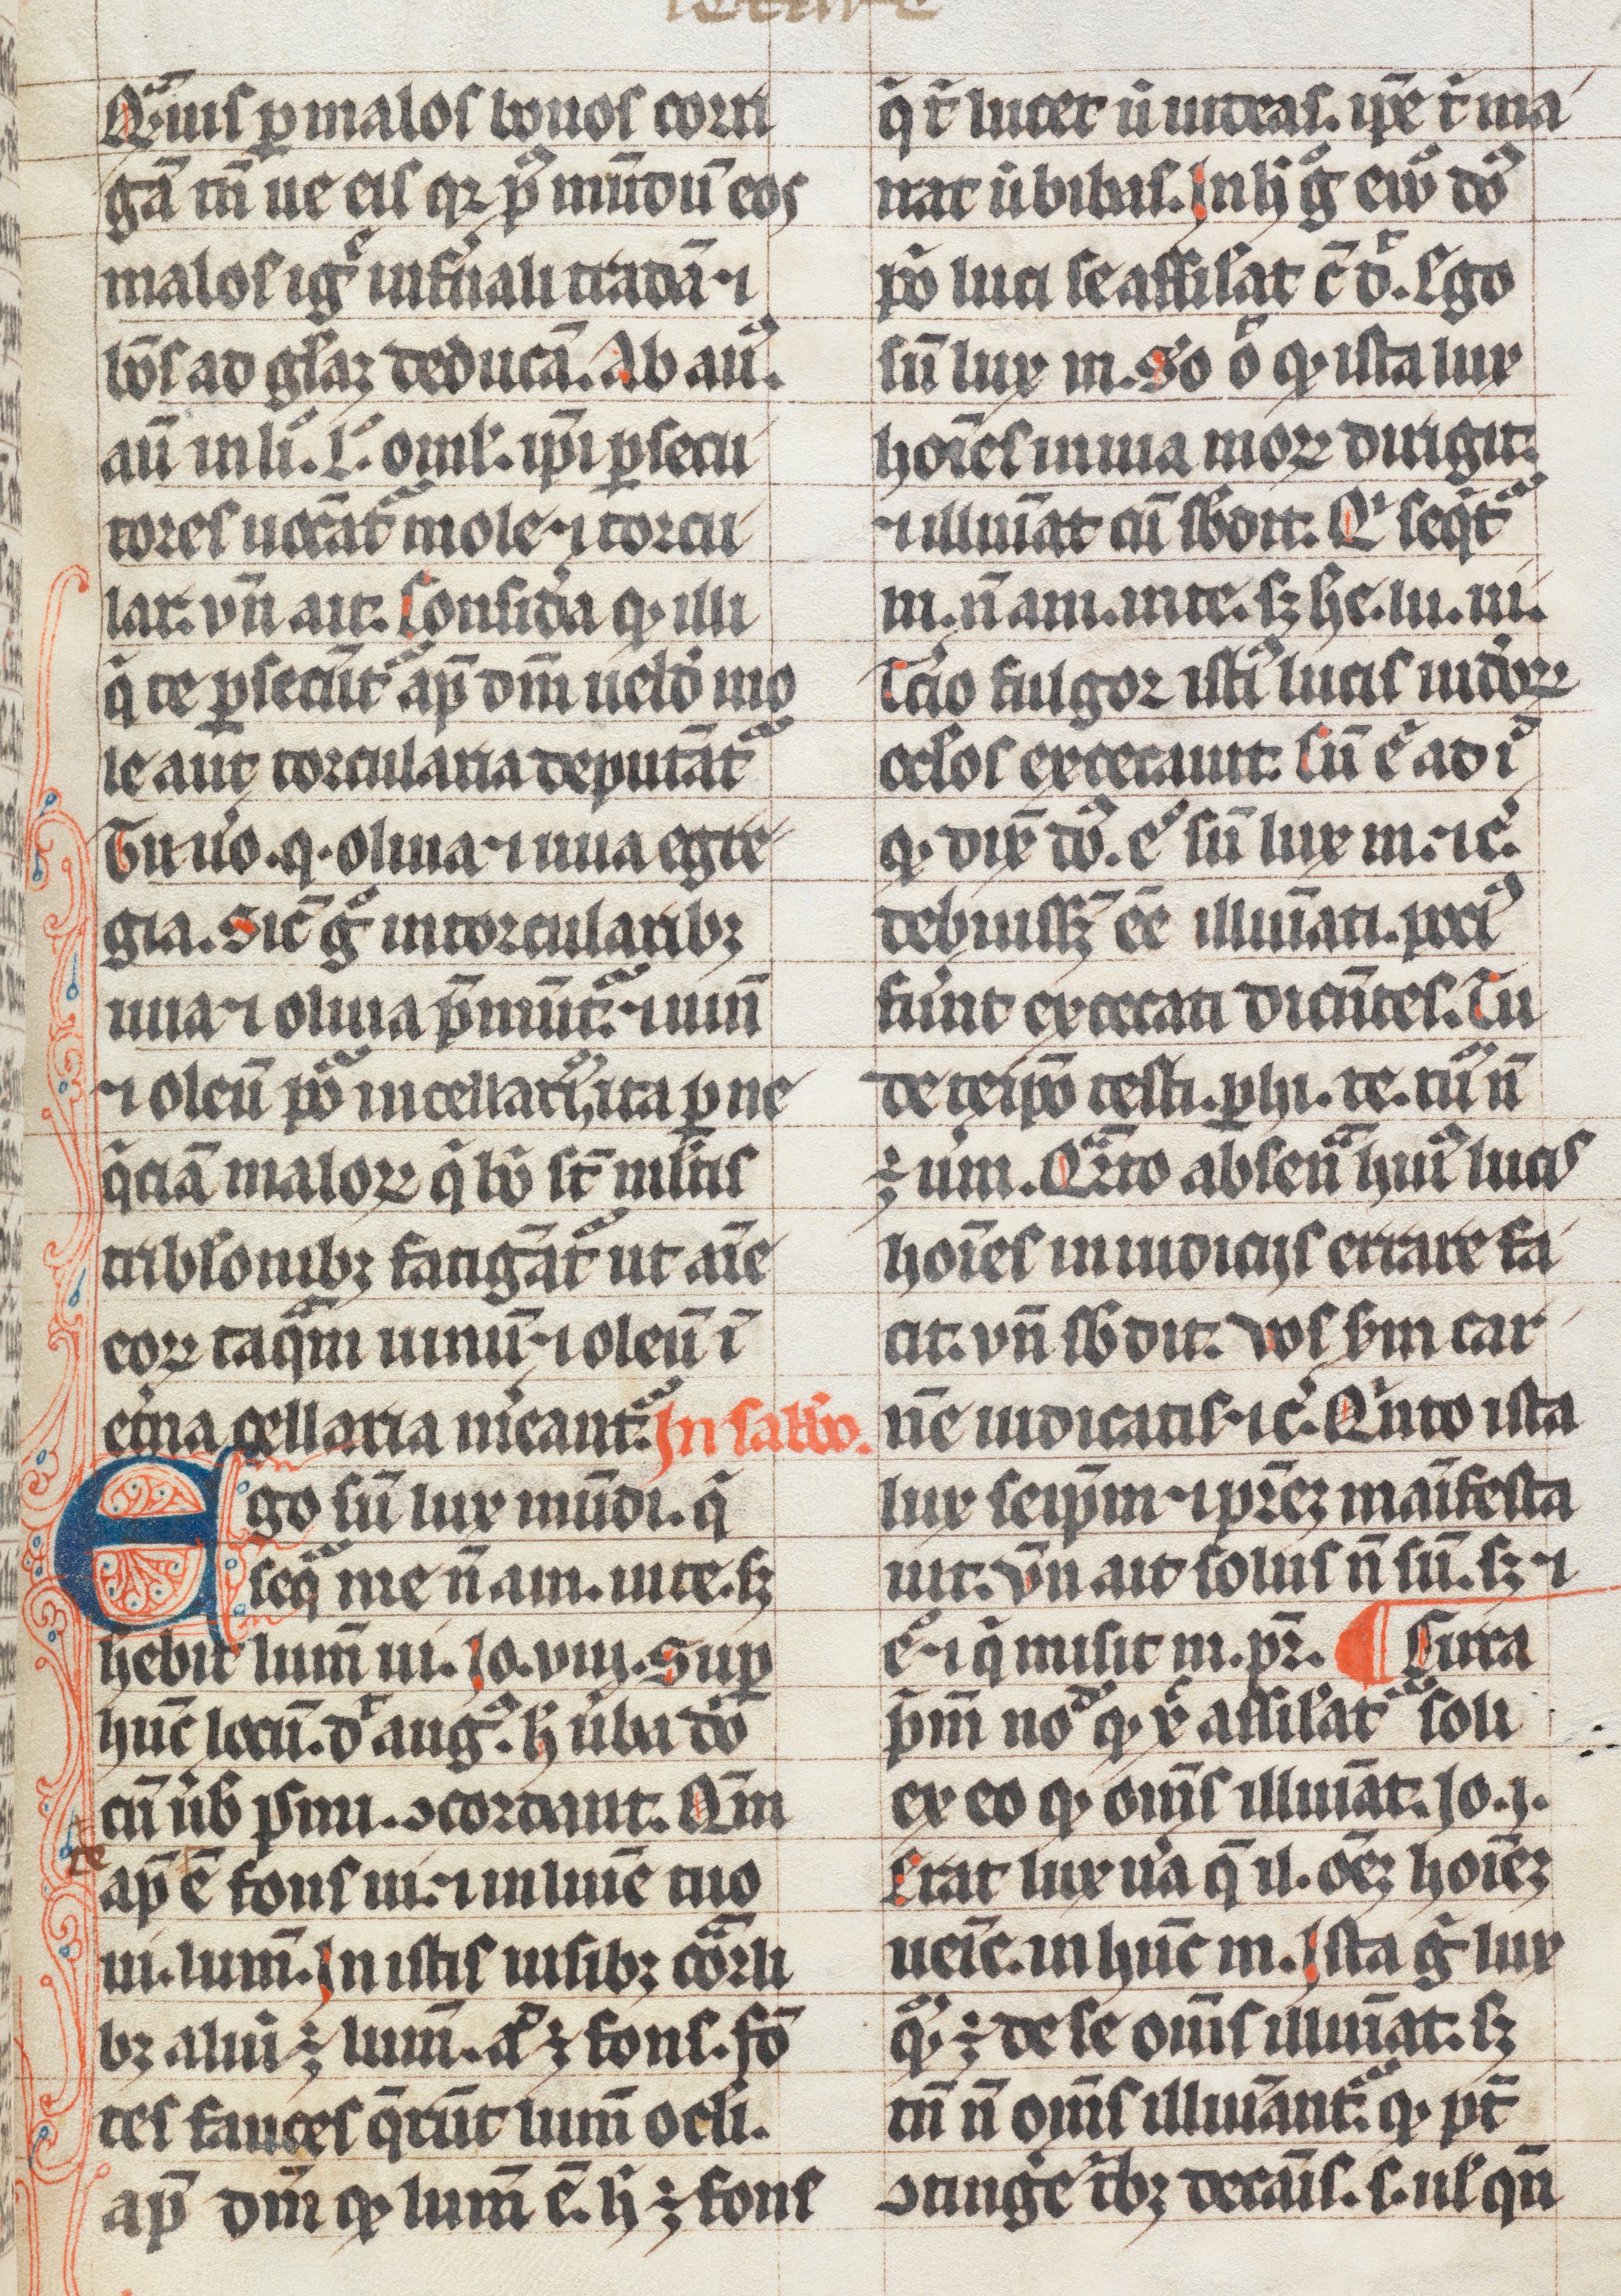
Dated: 1300–1399